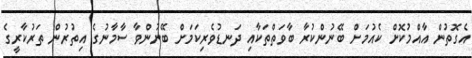
އެގޮތުން އާއްމުކޮށް ކެއުމަށް ބޭނުންކުރާ ބާވަތްތަކާއި ދަނޑުވެރިކަމަށް ބޭނުންވާ ސާމާނުގެ އިތުރުން ތަރުކާރީގެ